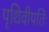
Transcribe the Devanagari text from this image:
पृथिवीपतिः